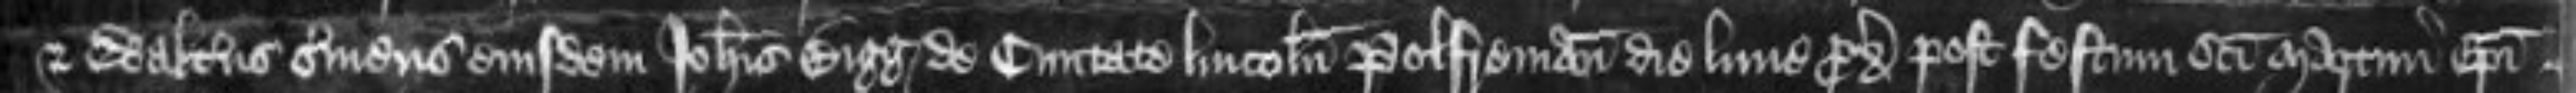
et Walterus serviens eiusdem Johannis Bigg de civitate Lincolnie Polfreman die Lune proxima post festum sancti Martini Episcopi